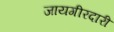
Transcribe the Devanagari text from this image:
जायगीरदारी